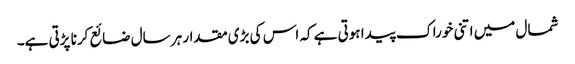
شمال میں اتنی خوراک پیدا ہوتی ہے کہ اس کی بڑی مقدار ہر سال ضائع کرنا پڑتی ہے۔